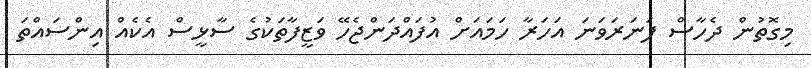
މިގޮތުން ދެހާސް ފަނަރަވަނަ އަހަރާ ހަަމައަށް އުފައްދަންޖެހޭ ވަޒީފާތަކުގެ ސާޅީސް އެކެއް އިންސައްތަ